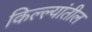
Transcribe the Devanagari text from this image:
किल्ल्यांतील